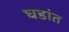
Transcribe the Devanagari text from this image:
घडांत